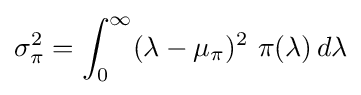
\sigma _{\pi }^{2}=\int _{0}^{\infty }(\lambda -\mu _{\pi })^{2}\,\,\pi (\lambda )\,d\lambda